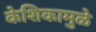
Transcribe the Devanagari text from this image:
केशिकामुळे